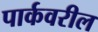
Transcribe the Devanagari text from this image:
पार्कवरील